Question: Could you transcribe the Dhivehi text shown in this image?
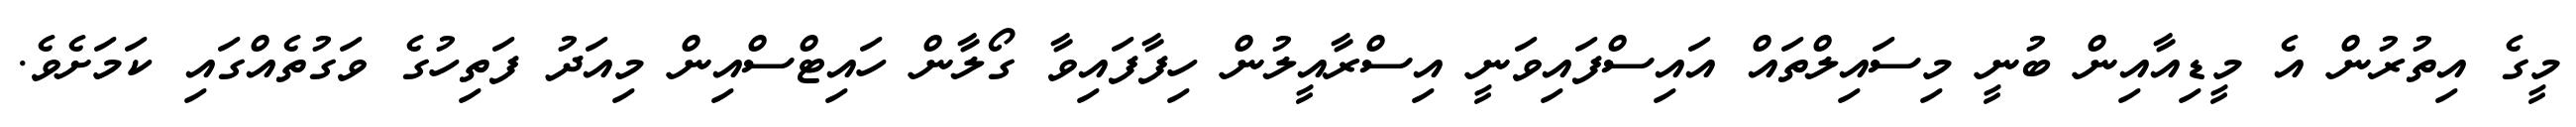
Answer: މީގެ އިތުރުން އެ މީޑިއާއިން ބުނީ މިސައިލްތައް އައިސްފައިވަނީ އިސްރާއީލުން ހިފާފައިވާ ގޯލާން ހައިޓްސްއިން މިއަދު ފަތިހުގެ ވަގުތެއްގައި ކަމަށެވެ.